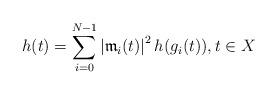
LaTeX: \begin{align*} h(t)=\sum_{i=0}^{N-1}\left| \mathfrak{m}_i(t) \right|^2 h(g_i(t)),t\in X\end{align*}